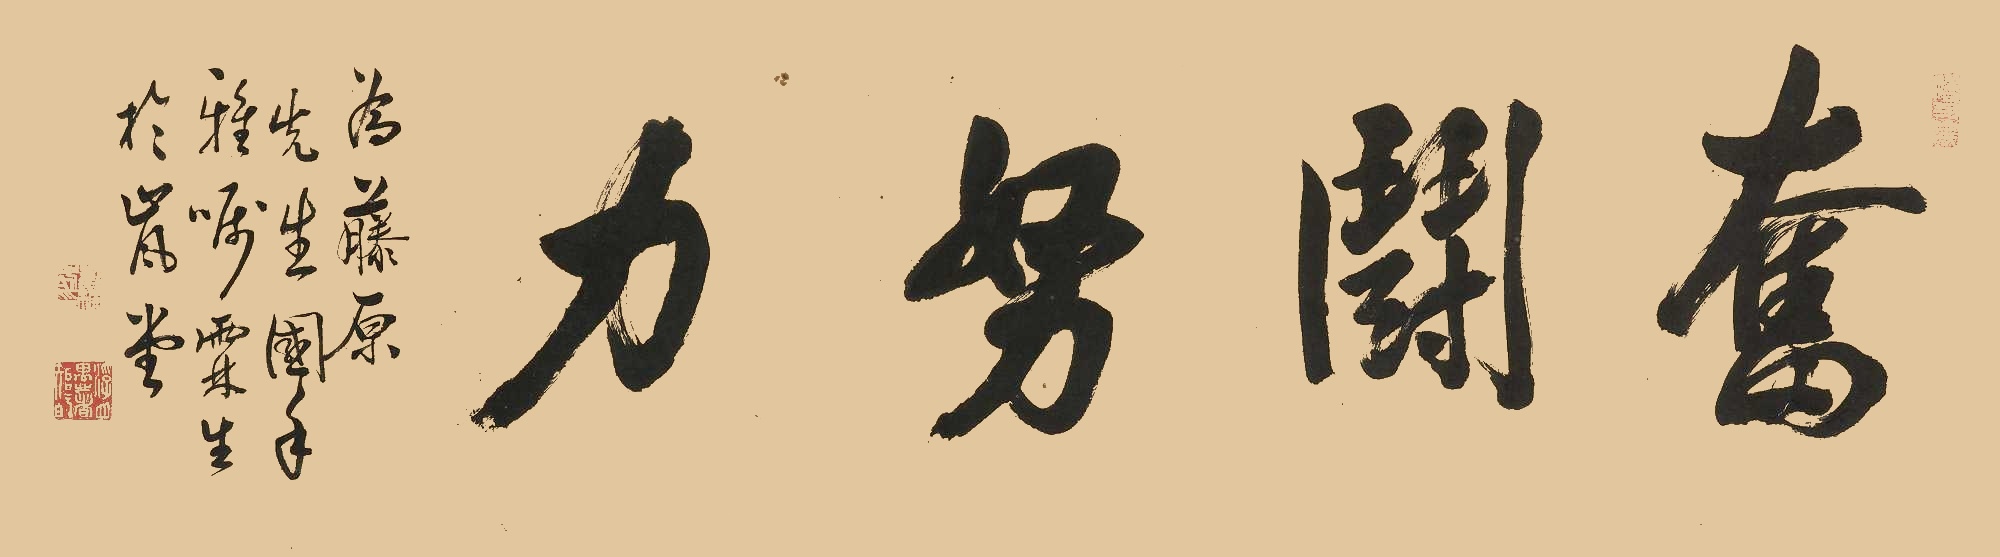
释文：奋斗努力为藤原先生国手雅嘱，霖生于岚堂。